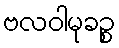
ဗလဝါမုခဉ္စ